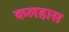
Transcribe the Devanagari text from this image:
कलहास